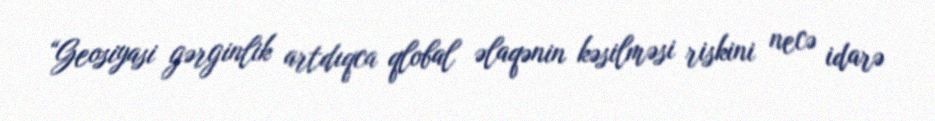
“Geosiyasi gərginlik artdıqca qlobal əlaqənin kəsilməsi riskini necə idarə